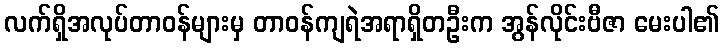
လက်ရှိအလုပ်တာဝန်များမှ တာဝန်ကျရဲအရာရှိတဦးက အွန်လိုင်းဗီဇာ မေးပါ၏